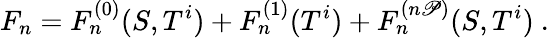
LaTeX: F_{n}=F_{n}^{(0)}(S,T^{i})+F_{n}^{(1)}(T^{i})+F_{n}^{(n\mathscr{P})}(S,T^{i})\ .